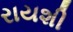
રાયશી